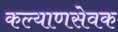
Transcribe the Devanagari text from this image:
कल्याणसेवक